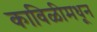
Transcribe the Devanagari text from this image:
काविळीमधून